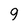
Character: 9